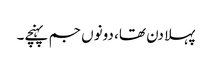
پہلا دن تھا، دونوں جم پہنچے۔